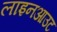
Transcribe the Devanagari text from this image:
लाइनआउट